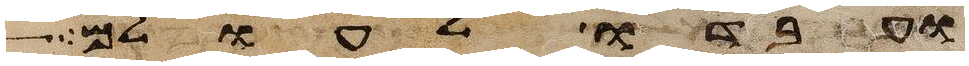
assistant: ועבדו לעולם